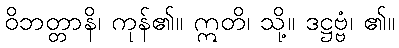
ဝိဘတ္တာနိ၊ ကုန်၏။ ဣတိ၊ သို့။ ဒဋ္ဌဗ္ဗံ၊ ၏။